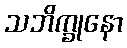
သဘိက္ခုနော